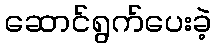
ဆောင်ရွက်ပေးခဲ့